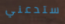
ستدعني